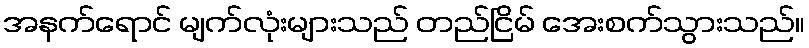
အနက်ရောင် မျက်လုံးများသည် တည်ငြိမ် အေးစက်သွားသည်။